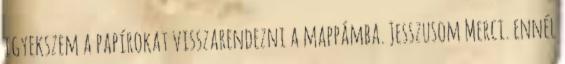
igyekszem a papírokat visszarendezni a mappámba. Jesszusom Merci. ennél